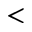
<